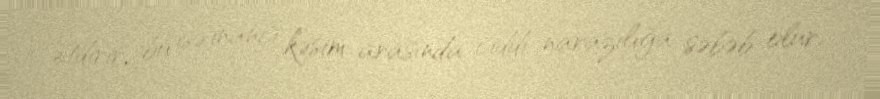
etdirir, bu isə inancı kəsim arasında ciddi narazılığa səbəb olur.